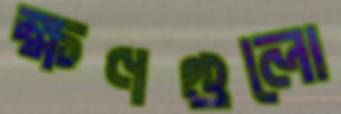
ক্ষণগুলো